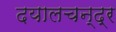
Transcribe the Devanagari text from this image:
दयालचन्द्र